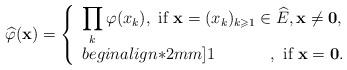
LaTeX: \begin{align*}\widehat{\varphi}({\bf x})=\left\{\begin{array}{l}\displaystyle\prod_{k}\varphi(x_k), \textrm{ if }{\bf x}=(x_k)_{k{\geqslant}1}\in \widehat{E}, {\bf x}\not= {\bf 0}, \\begin{align*}2mm]1\;\;\;\;\;\;\;\;\;\;\;\;, \textrm{ if } {\bf x}= {\bf 0}.\end{array}\right. \end{align*}